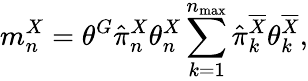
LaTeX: m_{n}^{X}=\theta^{G}\hat{\pi}_{n}^{X}\theta_{n}^{X}\sum_{k=1}^{n_{\operatorname*{max}}}\hat{\pi}_{k}^{\overline{{X}}}\theta_{k}^{\overline{{X}}},